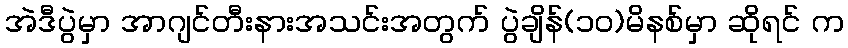
အဲဒီပွဲမှာ အာဂျင်တီးနားအသင်းအတွက် ပွဲချိန်(၁၀)မိနစ်မှာ ဆိုရင် က